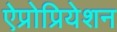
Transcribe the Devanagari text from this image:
ऐप्रोप्रियेशन